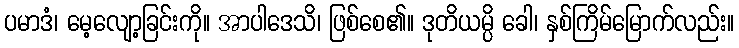
ပမာဒံ၊ မေ့လျော့ခြင်းကို။ အာပါဒေသိ၊ ဖြစ်စေ၏။ ဒုတိယမ္ပိ ခေါ၊ နှစ်ကြိမ်မြောက်လည်း။